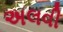
અલવી